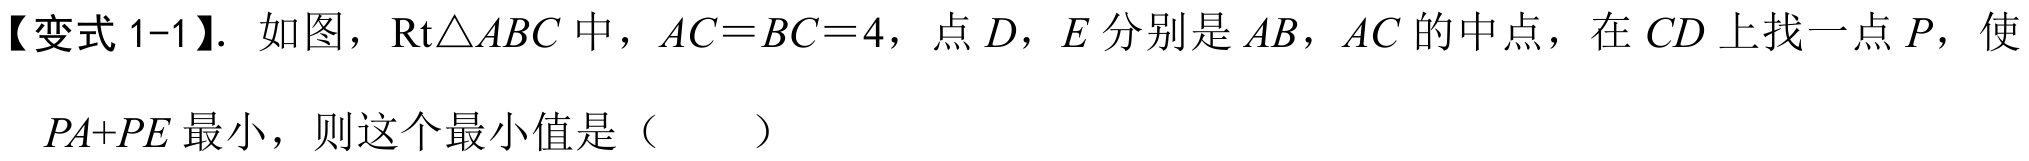
【变式1-1】. 如图，\(\text{Rt}\triangle ABC\)中，\(AC = BC = 4\)，点\(D\)，\(E\)分别是\(AB\)，\(AC\)的中点，在\(CD\)上找一点\(P\)，使
\(PA + PE\)最小，则这个最小值是（  ）